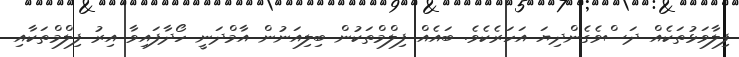
ފިލާވަޅުތަކެއް ދަސްވެގެންދިޔަ އަހަރެކެވެ. ބައެއް ފިލްމްތަކުން ބިލިއަނުން އާމްދަނީ ހޯދާފައިވާ އިރު ފިލްމްތަކާއި